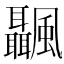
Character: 𩙝